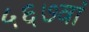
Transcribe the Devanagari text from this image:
५६७वां